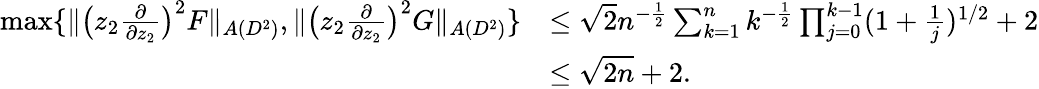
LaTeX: \begin{array}{rl}{\operatorname*{max}\{ \| \big(z_{2}\frac{\partial}{\partial z_{2}}\big)^{2}F\| _{A(D^{2})},\| \big(z_{2}\frac{\partial}{\partial z_{2}}\big)^{2}G\| _{A(D^{2})}\} }&{\leq\sqrt{2}n^{-\frac{1}{2}}\sum_{k=1}^{n}k^{-\frac{1}{2}}\prod_{j=0}^{k-1}(1+\frac{1}{j})^{1/2}+2}\\ &{\leq\sqrt{2n}+2.}\end{array}